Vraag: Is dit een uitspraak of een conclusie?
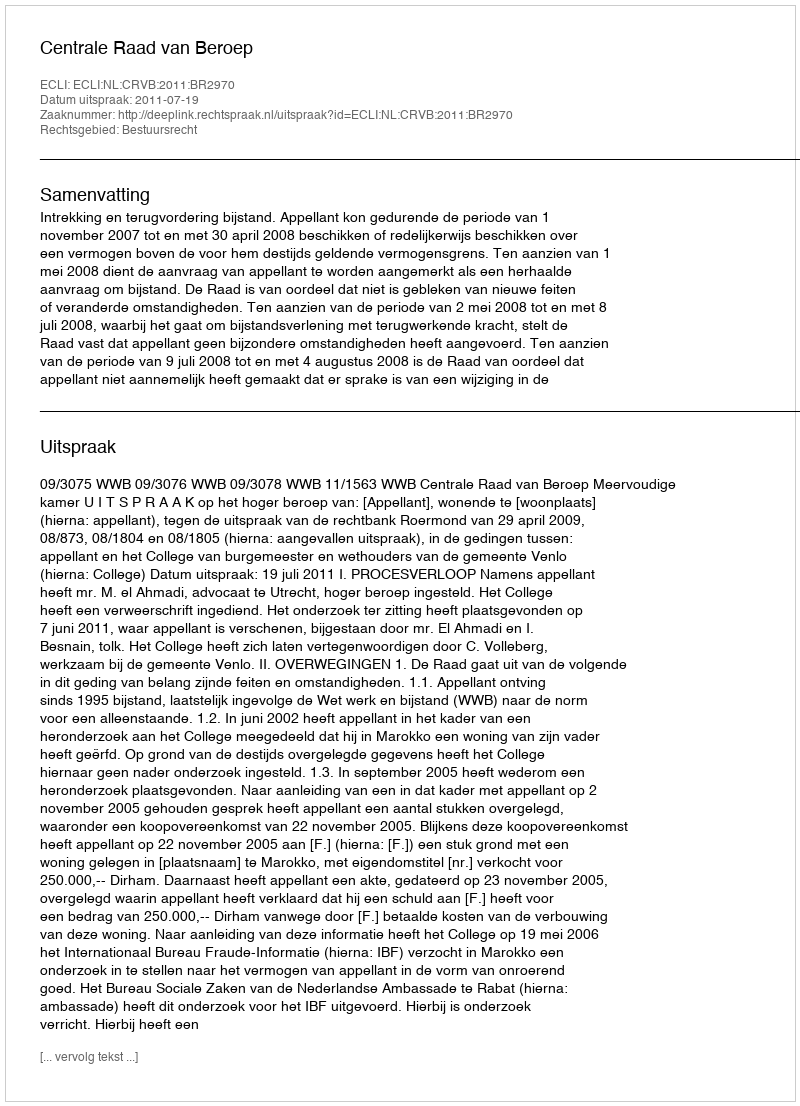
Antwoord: Uitspraak